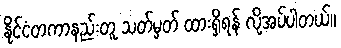
နိုင်ငံတကာနည်းတူ သတ်မှတ် ထားရှိရန် လိုအပ်ပါတယ်။